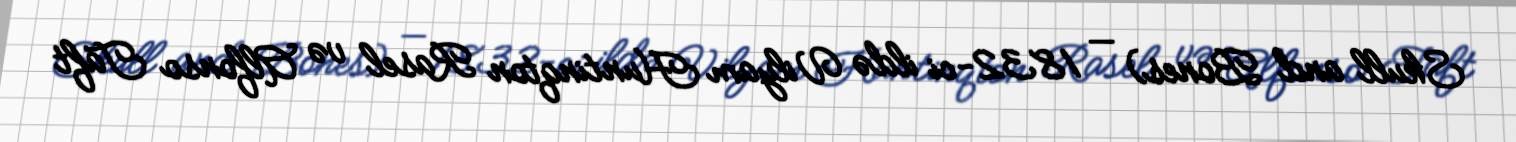
Skull and Bones) — 1832-ci ildə Vilyam Huntinqton Rasel və Alfonso Taft